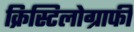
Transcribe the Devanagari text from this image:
क्रिस्टिलोग्राफी